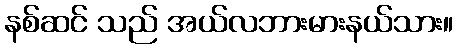
နစ်ဆင် သည် အယ်လဘားမားနယ်သား။